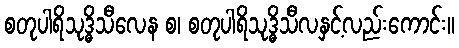
စတုပါရိသုဒ္ဓိသီလေန စ၊ စတုပါရိသုဒ္ဓိသီလနှင့်လည်းကောင်း။